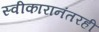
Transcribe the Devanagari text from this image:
स्वीकारानंतरही